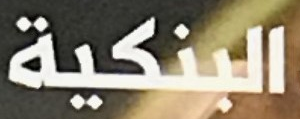
البنكية